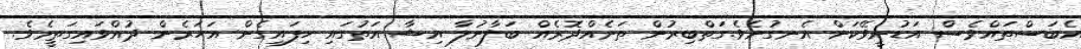
އެބަސްތައްވެސް އަޑުނީވޭކަން އެނގުނެވެ.ގަތްބިރުން ތަނެއްދޮރެއް ބަލާނުލާ އިޝާ އަތުގައި ހިފައިގެން އަހަރެން ދުއްވައިގަތީމެވެ.